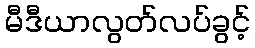
မီဒီယာလွတ်လပ်ခွင့်